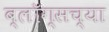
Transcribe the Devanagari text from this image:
ब्लॉग्सच्या